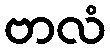
ဗာလံ